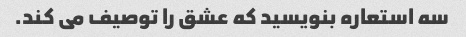
سه استعاره بنویسید که عشق را توصیف می کند.